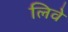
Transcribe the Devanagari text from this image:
लिवे